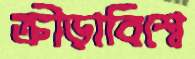
ক্রীড়াবিশ্বে